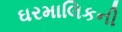
ઘરમાલિકની